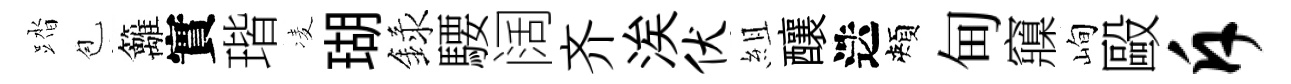
踏苞籬實瑎凌瑚録騕阔齐涘伏組釀迭頰甸䆿峋毆斥